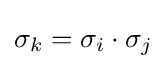
\sigma _{k}=\sigma _{i}\cdot \sigma _{j}